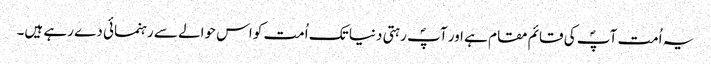
یہ اُمت آپؐ کی قائم مقام ہے اور آپؐ رہتی دنیا تک اُمت کو اس حوالے سے رہنمائی دے رہے ہیں۔